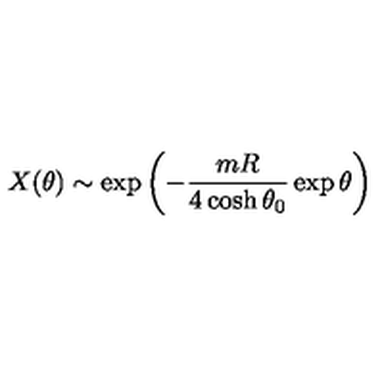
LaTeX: X ( \theta ) \sim \exp \left( - \frac { m R } { 4 \cosh \theta _ { 0 } } \exp \theta \right)